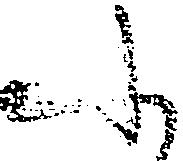
ふ